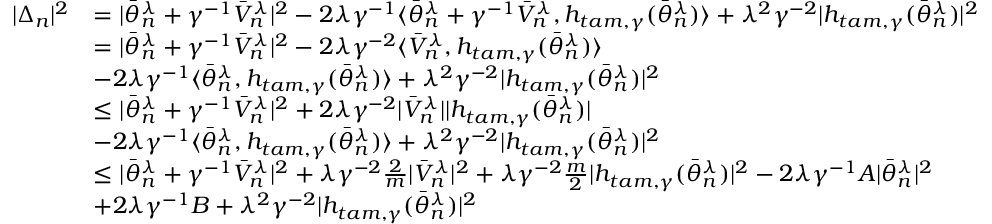
\begin{array} { r l } { | \Delta _ { n } | ^ { 2 } } & { = | \bar { \theta } _ { n } ^ { \lambda } + \gamma ^ { - 1 } \bar { V } _ { n } ^ { \lambda } | ^ { 2 } - 2 \lambda \gamma ^ { - 1 } \langle \bar { \theta } _ { n } ^ { \lambda } + \gamma ^ { - 1 } \bar { V } _ { n } ^ { \lambda } , h _ { t a m , \gamma } ( \bar { \theta } _ { n } ^ { \lambda } ) \rangle + \lambda ^ { 2 } \gamma ^ { - 2 } | h _ { t a m , \gamma } ( \bar { \theta } _ { n } ^ { \lambda } ) | ^ { 2 } } \\ & { = | \bar { \theta } _ { n } ^ { \lambda } + \gamma ^ { - 1 } \bar { V } _ { n } ^ { \lambda } | ^ { 2 } - 2 \lambda \gamma ^ { - 2 } \langle \bar { V } _ { n } ^ { \lambda } , h _ { t a m , \gamma } ( \bar { \theta } _ { n } ^ { \lambda } ) \rangle } \\ & { - 2 \lambda \gamma ^ { - 1 } \langle \bar { \theta } _ { n } ^ { \lambda } , h _ { t a m , \gamma } ( \bar { \theta } _ { n } ^ { \lambda } ) \rangle + \lambda ^ { 2 } \gamma ^ { - 2 } | h _ { t a m , \gamma } ( \bar { \theta } _ { n } ^ { \lambda } ) | ^ { 2 } } \\ & { \leq | \bar { \theta } _ { n } ^ { \lambda } + \gamma ^ { - 1 } \bar { V } _ { n } ^ { \lambda } | ^ { 2 } + 2 \lambda \gamma ^ { - 2 } | \bar { V } _ { n } ^ { \lambda } | | h _ { t a m , \gamma } ( \bar { \theta } _ { n } ^ { \lambda } ) | } \\ & { - 2 \lambda \gamma ^ { - 1 } \langle \bar { \theta } _ { n } ^ { \lambda } , h _ { t a m , \gamma } ( \bar { \theta } _ { n } ^ { \lambda } ) \rangle + \lambda ^ { 2 } \gamma ^ { - 2 } | h _ { t a m , \gamma } ( \bar { \theta } _ { n } ^ { \lambda } ) | ^ { 2 } } \\ & { \leq | \bar { \theta } _ { n } ^ { \lambda } + \gamma ^ { - 1 } \bar { V } _ { n } ^ { \lambda } | ^ { 2 } + \lambda \gamma ^ { - 2 } \frac { 2 } { m } | \bar { V } _ { n } ^ { \lambda } | ^ { 2 } + \lambda \gamma ^ { - 2 } \frac { m } { 2 } | h _ { t a m , \gamma } ( \bar { \theta } _ { n } ^ { \lambda } ) | ^ { 2 } - 2 \lambda \gamma ^ { - 1 } A | \bar { \theta } _ { n } ^ { \lambda } | ^ { 2 } } \\ & { + 2 \lambda \gamma ^ { - 1 } B + \lambda ^ { 2 } \gamma ^ { - 2 } | h _ { t a m , \gamma } ( \bar { \theta } _ { n } ^ { \lambda } ) | ^ { 2 } } \end{array}